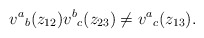
\begin{align*}v^a{}_b(z_{12})v^b{}_c(z_{23})\neq v^a{}_c(z_{13}).\end{align*}